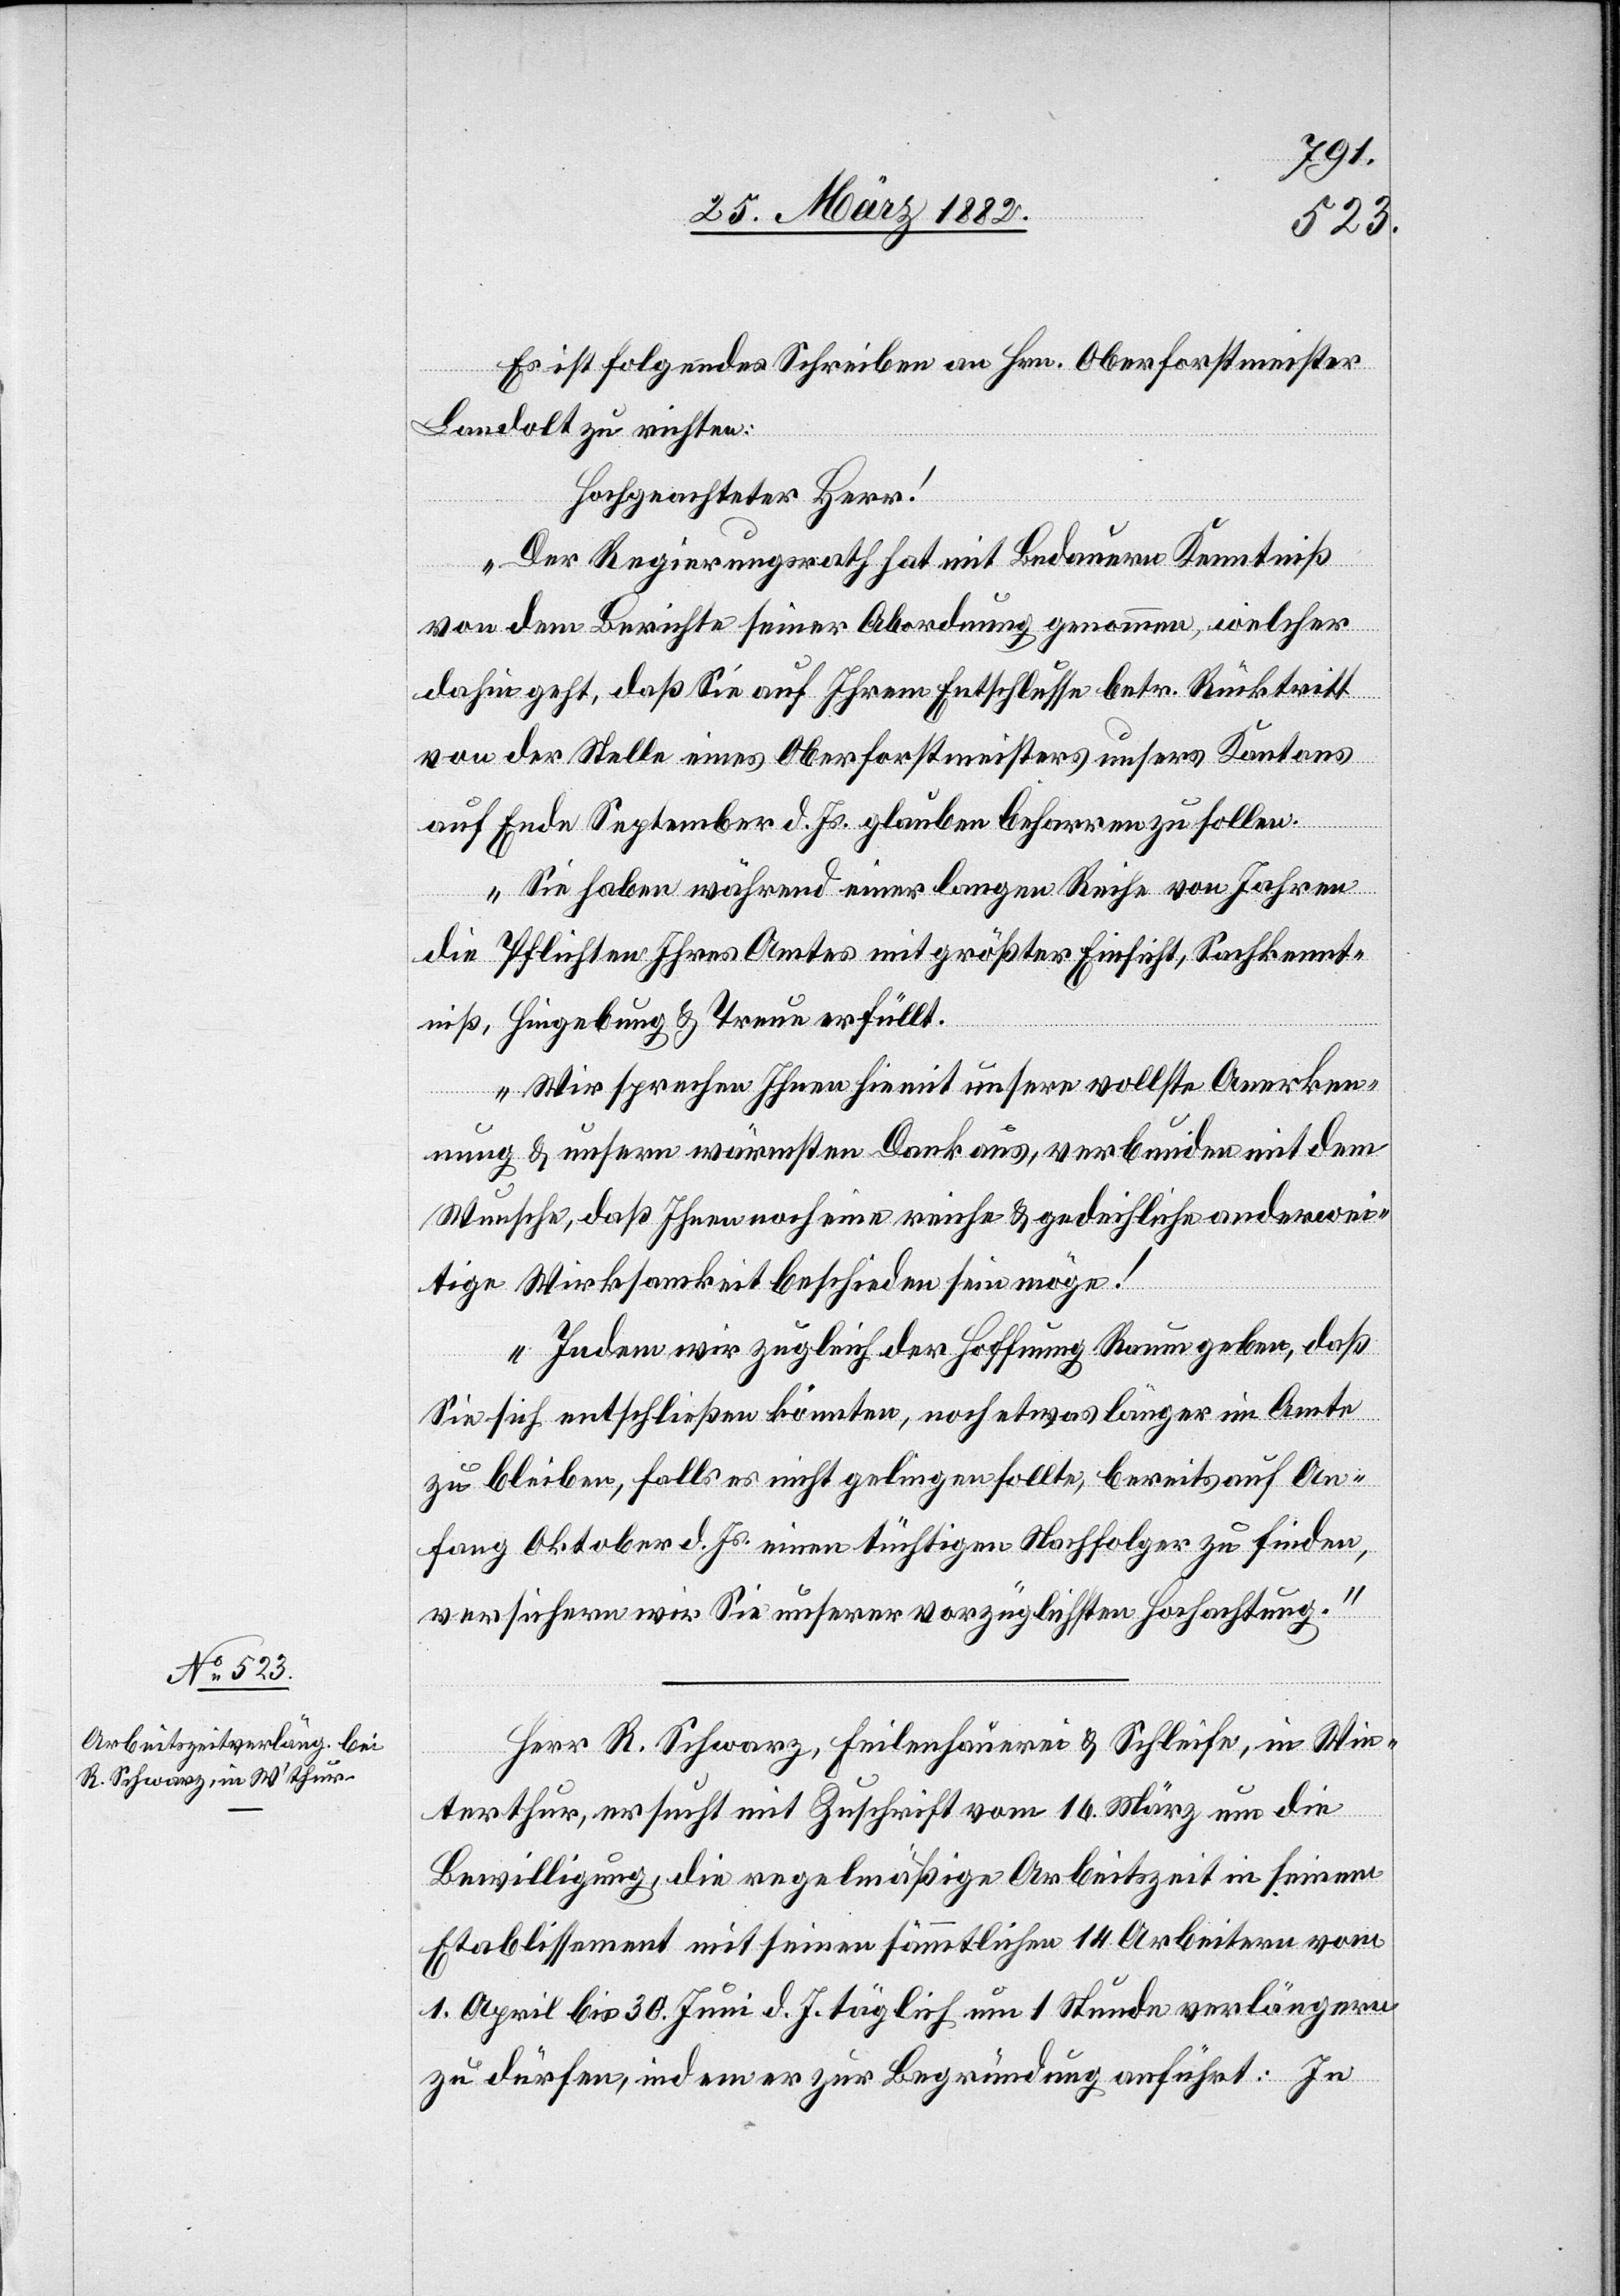
Es ist folgendes Schreiben an Hrn. Oberforstmeister
Landolt zu richten:
Hochgeachteter Herr!
„Der Regierungsrath hat mit Bedauern Kenntniß
von dem Berichte seiner Abordnung genommen, welcher
dahin geht, daß Sie auf Ihrem Entschlusse betr. Rücktritt
von der Stelle eines Oberforstmeisters unseres Kantons
auf Ende September d. Js. glauben beharren zu sollen.
Sie haben während einer langen Reihe von Jahren
die Pflichten Ihres Amtes mit größter Einsicht, Sachkennt¬
niß, Hingebung & Treue erfüllt.
Wir sprechen Ihnen hiemit unsere vollste Anerken¬
nung & unseren wärmsten Dank aus, verbunden mit dem
Wunsche, daß Ihnen noch eine reiche & gedeihliche anderwei¬
tige Wirksamkeit beschieden sein möge!
Indem wir zugleich der Hoffnung Raum geben, daß
Sie sich entschließen könnten, noch etwas länger im Amte
zu bleiben, falls es nicht gelingen sollte, bereits auf An¬
fang Oktober d. Js. einen tüchtigen Nachfolger zu finden,
versichern wir Sie unserer vorzüglichsten Hochachtung.“
Herr R. Schwarz, Feilenhauerei & Schleiferei, in Win¬
terthur, ersucht mit Zuschrift vom 16. März um die
Bewilligung, die regelmäßige Arbeitszeit in seinem
Etablissement mit seinen sämmtlichen 14 Arbeitern vom
1. April bis 30. Juni d. J. täglich um 1 Stunde verlängern
zu dürfen, indem er zur Begründung anführt: In-